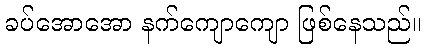
ခပ်အောအော နက်ကျောကျော ဖြစ်နေသည်။